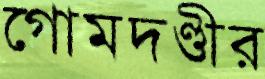
গোমদণ্ডীর